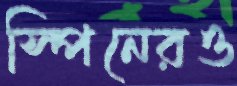
স্পিনেরও